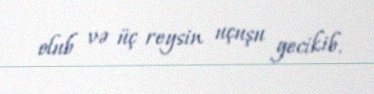
olub və üç reysin uçuşu gecikib.